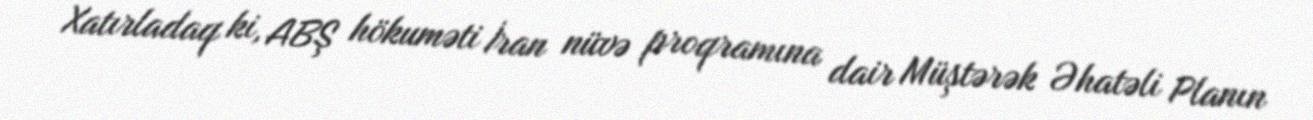
Xatırladaq ki, ABŞ hökuməti İran nüvə proqramına dair Müştərək Əhatəli Planın